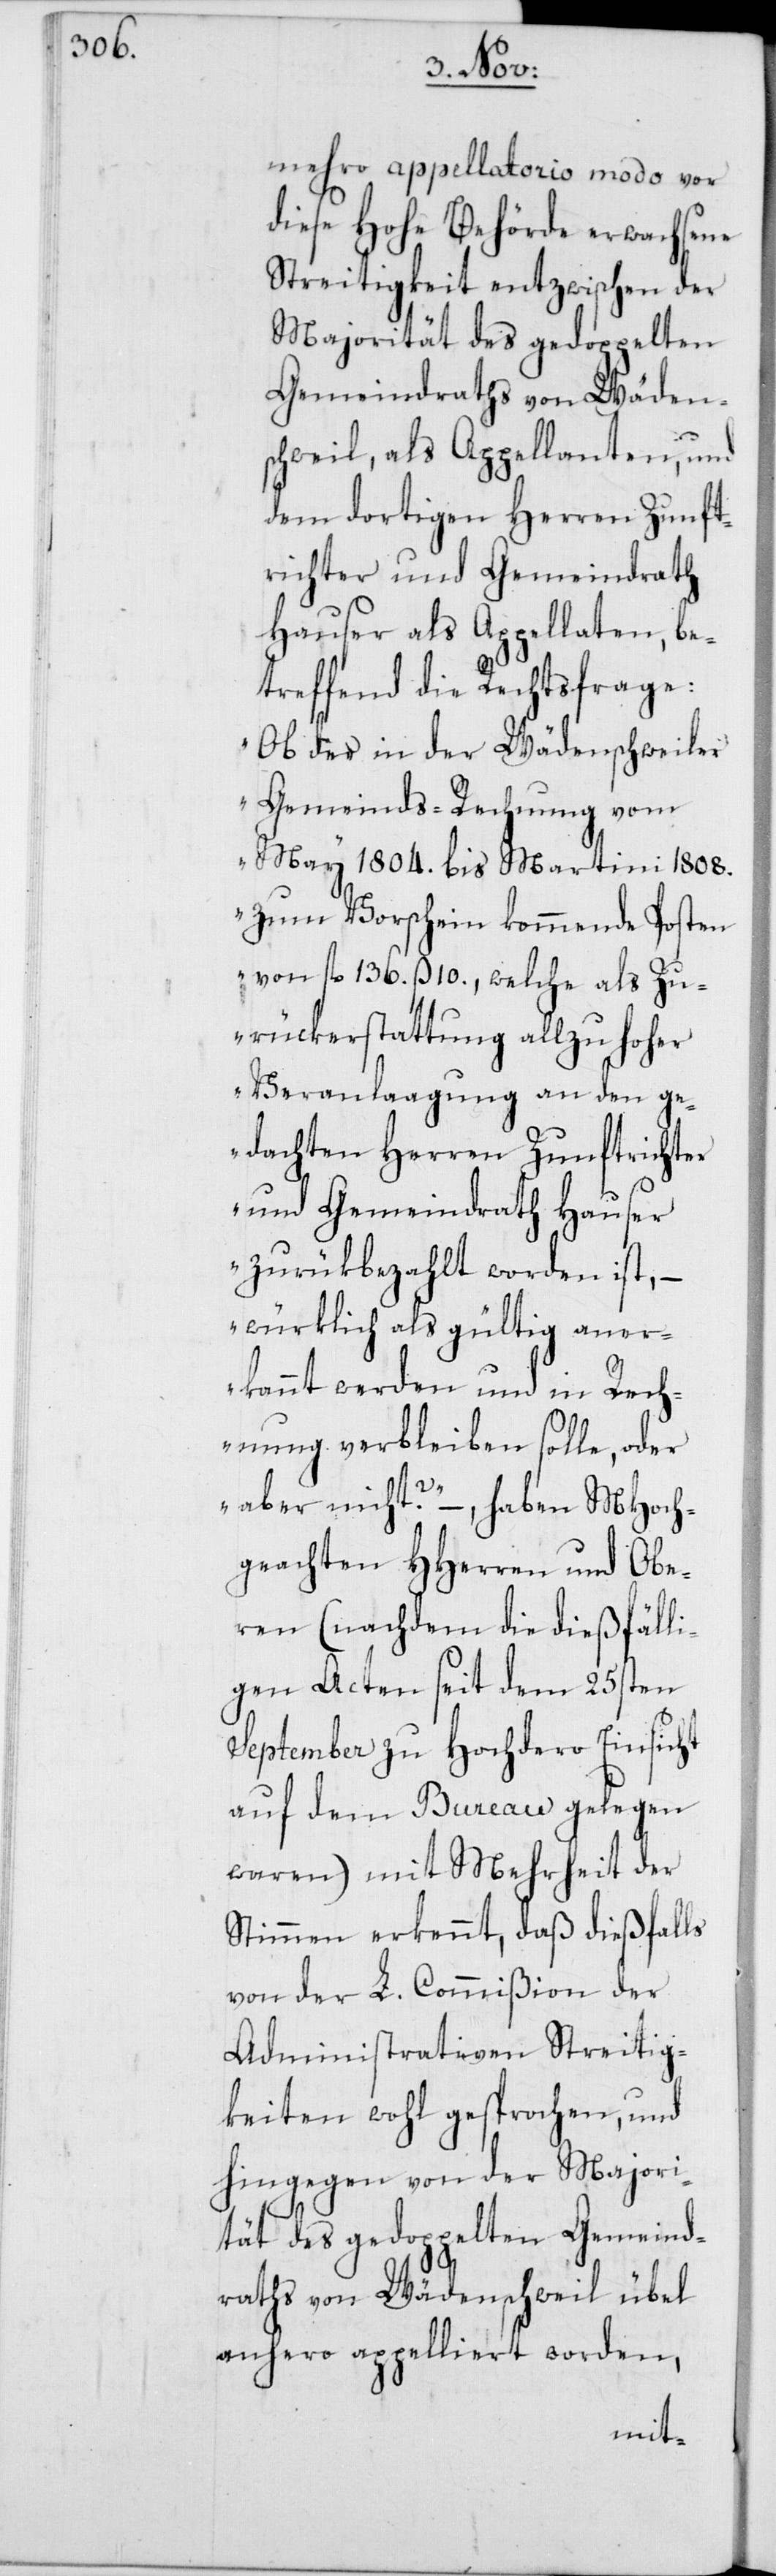
mehro appellatorio modo vor
diese Hohe Behörde erwachsene
Streitigkeit entzwischen der
Majorität des gedoppelten
Gemeindraths von Wäden¬
schweil, als Appellanten, und
dem dortigen Herren Zunft¬
richter und Gemeindrath
Hauser als Appellaten, be¬
treffend die Rechtsfrage:
„Ob des in der Wädenschweiler
Gemeinds-Rechnung vom
May 1804. bis Martini 1808.
zum Vorschein kommende Posten
von fl. 136. ß. 10., welche als Zu¬
rückerstattung allzu hoher
Veranlaagung an den ge¬
dachten Herren Zunftrichter
und Gemeindrath Hauser
zurükbezahlt worden ist, –
würklich als gültig aner¬
kannt werden und in Rech¬
nung verbleiben solle, oder
aber nicht?“ –, haben MHoch¬
geachten HHerren und Obe¬
ren (nachdem die dießfälli¬
gen Acten seit dem 25sten
September zu Hochdero Einsicht
auf dem Bureau gelegen
waren) mit Mehrheit der
Stimmen erkennt, daß dießfalls
von der L. Commißion der
Administrativen Streitig¬
keiten wohl gesprochen, und
hingegen von der Majori¬
tät des gedoppelten Gemeind¬
raths von Wädenschweil übel
anhero appelliert worden,